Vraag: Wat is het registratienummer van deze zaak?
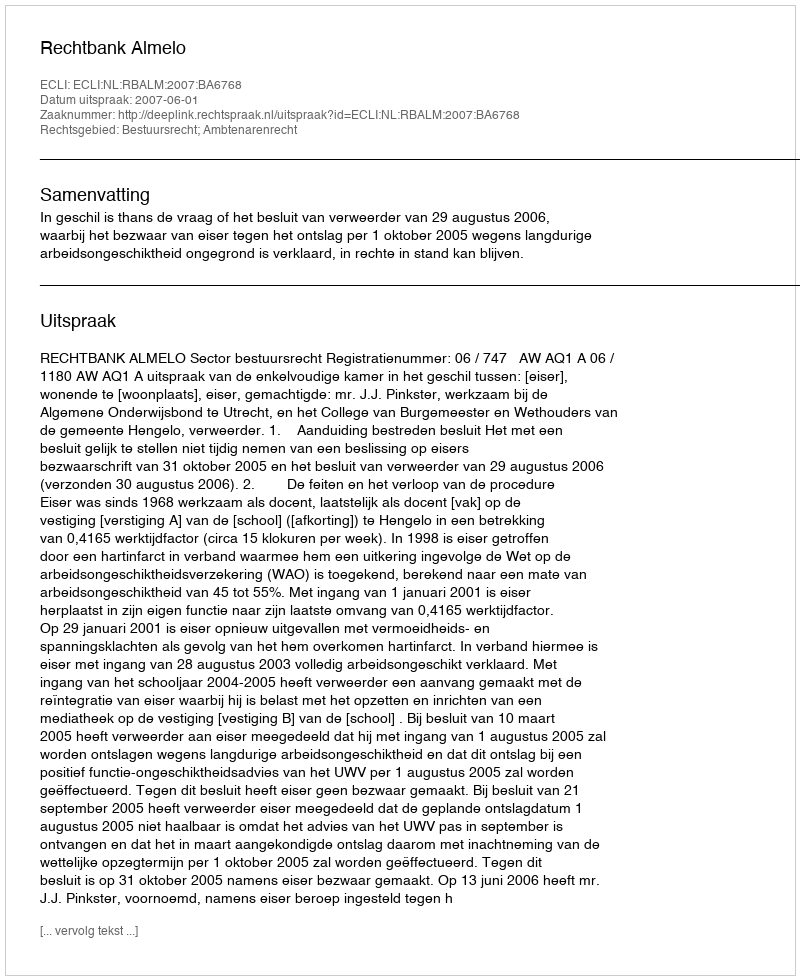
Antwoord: http://deeplink.rechtspraak.nl/uitspraak?id=ECLI:NL:RBALM:2007:BA6768